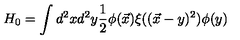
H _ { 0 } = \int d ^ { 2 } x d ^ { 2 } y \frac { 1 } { 2 } \phi ( \vec { x } ) \xi ( ( \vec { x } - y ) ^ { 2 } ) \phi ( y )